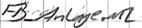
Text: FB_Anlage.M2